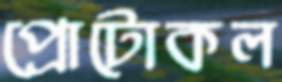
প্রোটোকল